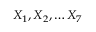
X _ { 1 } , X _ { 2 } , \dots X _ { 7 }